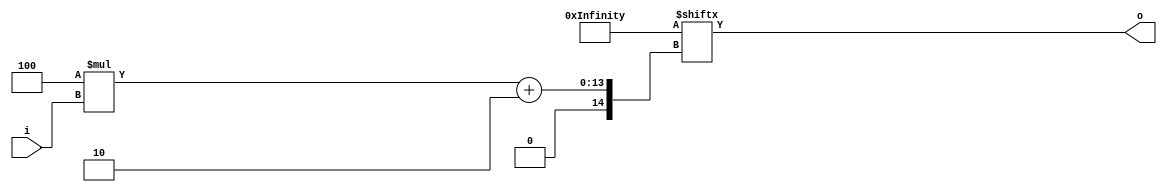
`timescale 1ns / 1ps
//////////////////////////////////////////////////////////////////////////////////
// Company: 
// Engineer: 
// 
// Design Name: 
// Module Name:    or_gate 
// Project Name: 
// Target Devices: 
// Tool versions: 
// Description: 
//
// Dependencies: 
//
// Revision: 
// Revision 0.01 - File Created
// Additional Comments: 
//
//////////////////////////////////////////////////////////////////////////////////
`timescale 1ns / 1ps
//-----------------------------------------------
module or_gate
(
  input [9:0] i,
  output o
);
//-----------------------------------------------
wire [4095:0]data=4096'hf5ffe6ecf6c7fd7c7577ec5e5f46e55ef474ee66444ff77d756475fde5d76f6fd7ced54c7f67476cdf5fed477ff4644fdf4eee4e476f776665e4fefd7ee5f4f5def75ce5fe4d75ffcc7f47ffcfcffde657cd5475dfc566f66d7cdc675cd655cdf46fd476f7cdddd7fe4dd7e4f545d4c467ee457c5f654664cc6f4567fc6e77fcc6e7cfff4ee6f74eedfdf7e54dee5c7e77fcdeecf6545d44dce676f4cf4fd7ed647f544edeedecdde46ec44d7ed77dfeddc564d657dece675ddf565f7fde7d4dc6c47ec5544f75fdfd5de7f57c466f67e6f5cc5cfd4647777676c46d5fed6d67574f6fecee75dee7d54eee6dce74eedcff6dd5cfd4674ffc4447d6cc5fccee4666f46df547e7e6d67e6f5f457e45ed45ddce565c5656754c5e546e5464d664fddfe5f5efecdf5eee45447f7f4fdcf5e4dd677cd4fef7ce6ce6c6ff4f5f4544ed575feffc675cc6edecee47dc64776d4e5e57644dd75ef4eefc47e5d6465c5cecdf4c4d74cf4ddf6f5d6465cfdc56c4c1cc7f7ec46c5dfd596ec57755e4de6ee9dc5d46df4ff67f54c77de546445f4f7d7de7c746e7c7d677775dde6e457c7e6dd4f6e7ef67ccf6e55e454f45fdf7ef686d4e4d4657d54f79ed5f5e5d7c6e6743efcdc5ceecc7ed7d577d6fd4f74ecd6ef6de5e67e4df4cfc447d56ded46c75f7cdff74f746476de544de74cfedee6550f45e56ec7f75dcda4f647defdf6ee4d9;
//-----------------------------------------------
assign o = data[4*i+2];
//-----------------------------------------------
endmodule
//-----------------------------------------------